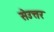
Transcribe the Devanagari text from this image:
सेउत्तर